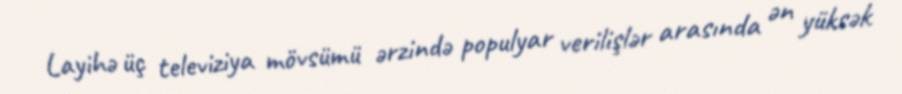
Layihə üç televiziya mövsümü ərzində populyar verilişlər arasında ən yüksək